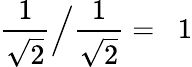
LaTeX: {\frac{1}{\sqrt{2}}}{\Big/}{\frac{1}{\sqrt{2}}}=\; \; 1